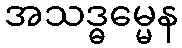
အသဒ္ဓမ္မေန